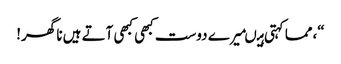
“،مما کہتی ہیںمیرے دوست کبھی کبھی آتے ہیں نا گھر!